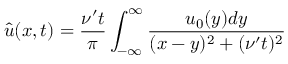
\widehat { u } ( x , t ) = \frac { \nu ^ { \prime } t } { \pi } \int _ { - \infty } ^ { \infty } \frac { u _ { 0 } ( y ) d y } { ( x - y ) ^ { 2 } + ( \nu ^ { \prime } t ) ^ { 2 } }